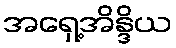
အရှေ့အိန္ဒိယ